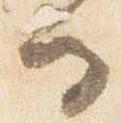
る